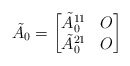
\begin{align*} \tilde{ A_0} = \begin{bmatrix} \tilde{A}_0^{11} & O \\ \tilde{A}_0^{21} & O \end{bmatrix} \end{align*}